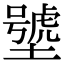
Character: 㙱